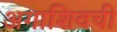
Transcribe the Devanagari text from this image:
अगाशिवची